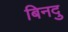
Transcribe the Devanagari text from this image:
बिनदु